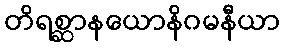
တိရစ္ဆာနယောနိဂမနီယာ